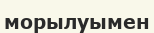
морылуымен